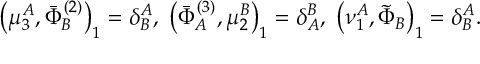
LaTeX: \left( \mu _ { 3 } ^ { A } , \bar { \Phi } _ { B } ^ { ( 2 ) } \right) _ { 1 } = \delta _ { B } ^ { A } , \; \left( \bar { \Phi } _ { A } ^ { ( 3 ) } , \mu _ { 2 } ^ { B } \right) _ { 1 } = \delta _ { A } ^ { B } , \; \left( \nu _ { 1 } ^ { A } , \tilde { \Phi } _ { B } \right) _ { 1 } = \delta _ { B } ^ { A } .